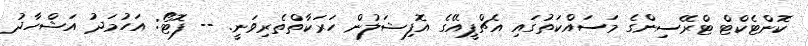
ކޮންޓެކްޓް ޓްރޭސިންގެ މަސައްކަތުގައި އެޗްޕީއޭގެ އޮފިޝަލުން ހަރަކާތްތެރިވަނީ. -- ފޮޓޯ: އަހުމަދު އަޝްހާދު